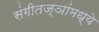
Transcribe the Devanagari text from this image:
संगीतज्ञांमध्ये